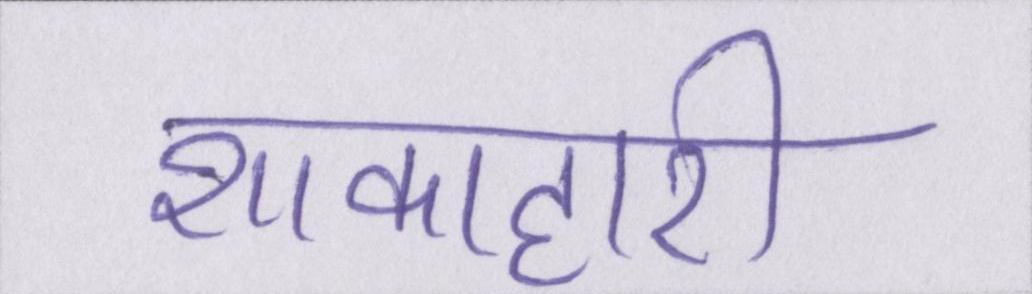
शाकाहारी